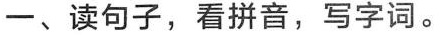
一、读句子，看拼音，写字词。